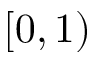
[ 0 , 1 )